Lunatic asylums in Bengal annual reports 1899-1911 - 1899-1911
Year: 1899
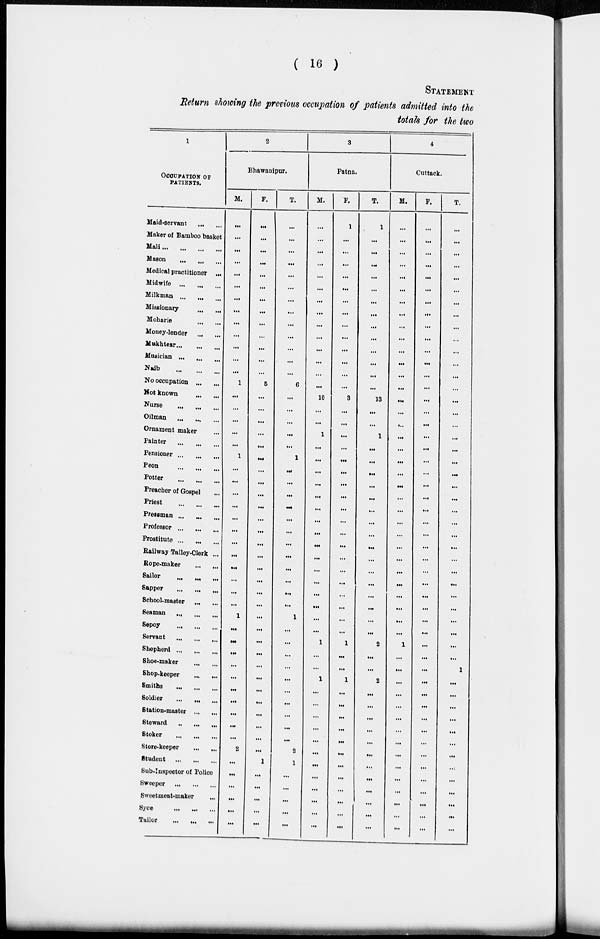
( 16 )
STATEMENT
Return showing the previous occupation of patients admitted into the
totals for the two
1
OCCUPATION OF
PATIENTS.
Maid-servant
...
...
Maker of Bamboo basket
Mali ... ... ... ...
Mason
...
...
...
Medical practitioner ...
Midwife ... ... ...
Milkman ... ... ...
Missionary
...
...
Moharie ... ...
Money-lender ... ...
Mukhtear ... ... ...
Musician ... ... ...
Naib
...
...
...
No occupation ... ... ...
Hot known ... ...
Nurse
...
...
...
Oilman
...
...
...
Ornament maker ...
Painter
...
...
...
Pensioner ... ... ...
Peon
...
...
...
Potter
...
...
...
Preacher of Gospel ...
Priest ... ... ...
Pressman ... ... ...
Professor ... ... ...
Prostitute ... ...
Railway Talley-Clerk ...
Rope-maker
...
...
Sailor
...
...
...
Sapper
...
...
...
School-master
...
...
Seaman ... ... ...
Sepoy
...
...
...
Servant
...
...
...
Shepherd
...
...
Shoe-maker
...
...
Shop-keeper ... ...
Smiths
...
...
...
Soldier
...
...
...
Station-master ... ...
Steward ... ... ...
Stoker
...
...
...
Store-keeper
...
...
Student ... ... ...
Sub-Inspector of Police
Sweeper ... ... ...
Sweetmeat-maker ...
Syce ... ... ...
Tailor ... ... ....
2
Bhawanipur.
M.
...
...
...
...
...
...
...
...
...
...
...
...
...
1
...
...
...
...
...
1
...
...
...
...
...
...
...
...
...
...
...
...
1
...
...
...
...
...
...
...
...
...
...
2
...
...
...
...
...
...
F.
...
...
...
...
...
...
...
...
...
...
...
...
5
...
...
...
...
...
...
...
...
...
...
...
...
...
...
...
...
...
...
...
...
...
...
...
...
...
...
...
...
...
...
1
...
...
...
...
...
T.
...
...
...
...
...
...
...
...
...
...
...
...
...
6
...
...
...
...
...
1
...
...
...
...
...
...
...
...
...
...
...
...
1
...
...
...
...
...
...
...
...
...
...
2
1
...
...
...
...
...
3
Patna.
M.
...
...
...
...
...
...
...
...
...
...
...
...
...
...
10
...
...
1
...
...
...
...
...
...
...
...
...
...
...
...
...
...
...
...
1
...
...
1
...
...
...
...
...
...
...
...
...
...
...
...
F.
1
...
...
...
...
...
...
....
...
...
...
...
...
...
3
...
...
...
...
...
...
...
...
...
...
...
...
...
...
...
...
...
...
...
1
...
...
1
...
...
...
...
...
...
...
...
...
...
...
...
T.
1
...
...
...
...
...
...
...
...
...
...
...
...
...
13
...
...
1
...
...
...
...
...
...
...
...
...
...
...
...
...
...
...
...
2
....
...
2
...
...
...
...
...
...
...
...
...
...
...
...
4
Cuttack.
M.
...
...
...
...
...
...
...
...
...
...
...
...
...
...
...
...
...
...
...
...
...
...
...
...
...
...
...
...
...
...
...
...
...
...
1
...
...
...
...
...
...
...
...
...
...
...
...
...
...
...
F.
...
...
...
...
...
...
...
...
...
...
...
...
...
...
...
...
...
...
...
...
...
...
...
...
...
...
...
...
...
...
...
...
...
...
...
...
...
...
...
...
...
...
...
...
...
...
...
....
...
...
T.
...
...
...
...
...
...
...
...
...
...
...
...
...
...
...
...
...
...
...
...
...
...
...
...
...
...
...
...
...
...
...
...
...
...
...
...
1
...
...
...
...
...
...
...
...
...
...
...
...
...